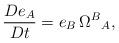
LaTeX: \begin{align*}\frac{De_{A}}{Dt}=e_{B}\,\Omega^{B}{}_{A},\end{align*}